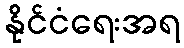
နိုင်ငံရေးအရ